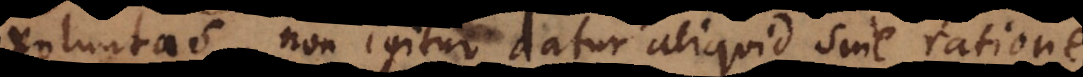
voluntas, non igitur datur aliquid sine ratione;